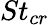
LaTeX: St_{cr}